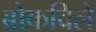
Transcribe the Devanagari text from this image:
ब्रोकविले